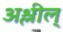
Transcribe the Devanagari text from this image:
अश्लील्